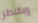
وبالنظر